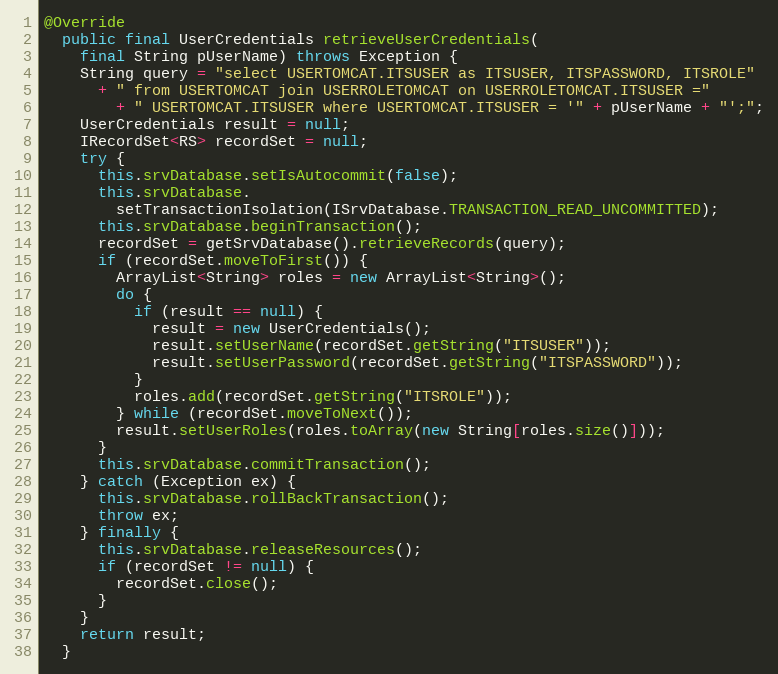
Language: Java
@Override
  public final UserCredentials retrieveUserCredentials(
    final String pUserName) throws Exception {
    String query = "select USERTOMCAT.ITSUSER as ITSUSER, ITSPASSWORD, ITSROLE"
      + " from USERTOMCAT join USERROLETOMCAT on USERROLETOMCAT.ITSUSER ="
        + " USERTOMCAT.ITSUSER where USERTOMCAT.ITSUSER = '" + pUserName + "';";
    UserCredentials result = null;
    IRecordSet<RS> recordSet = null;
    try {
      this.srvDatabase.setIsAutocommit(false);
      this.srvDatabase.
        setTransactionIsolation(ISrvDatabase.TRANSACTION_READ_UNCOMMITTED);
      this.srvDatabase.beginTransaction();
      recordSet = getSrvDatabase().retrieveRecords(query);
      if (recordSet.moveToFirst()) {
        ArrayList<String> roles = new ArrayList<String>();
        do {
          if (result == null) {
            result = new UserCredentials();
            result.setUserName(recordSet.getString("ITSUSER"));
            result.setUserPassword(recordSet.getString("ITSPASSWORD"));
          }
          roles.add(recordSet.getString("ITSROLE"));
        } while (recordSet.moveToNext());
        result.setUserRoles(roles.toArray(new String[roles.size()]));
      }
      this.srvDatabase.commitTransaction();
    } catch (Exception ex) {
      this.srvDatabase.rollBackTransaction();
      throw ex;
    } finally {
      this.srvDatabase.releaseResources();
      if (recordSet != null) {
        recordSet.close();
      }
    }
    return result;
  }